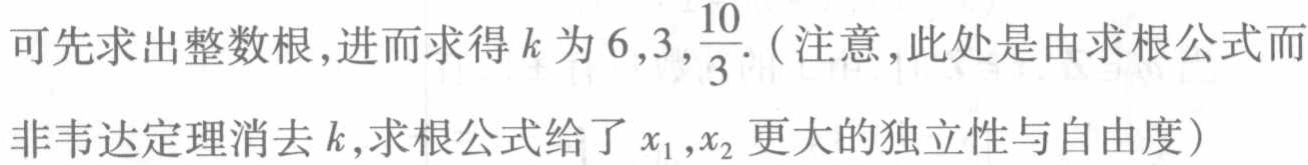
可先求出整数根,进而求得\(k\)为\(6,3,\frac{10}{3}\).（注意,此处是由求根公式而非韦达定理消去\(k\),求根公式给了\(x_1,x_2\)更大的独立性与自由度）